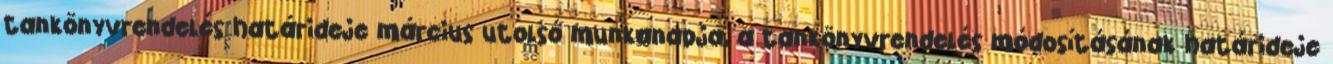
tankönyvrendelés határideje március utolsó munkanapja, a tankönyvrendelés módosításának határideje